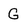
Character: G